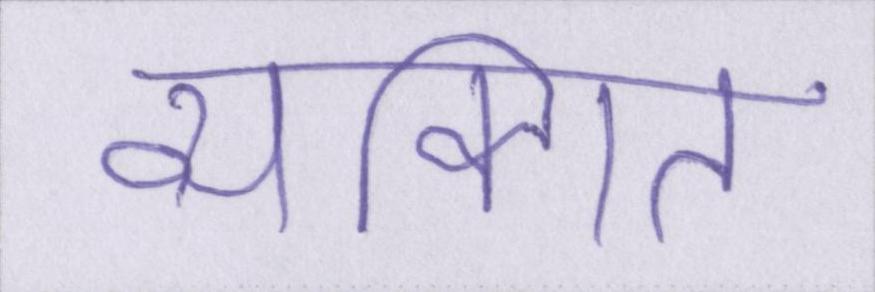
व्यक्गित